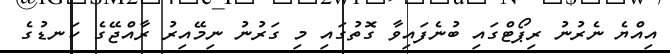
އިއްޔެ ނެރުނު ރިޕޯޓްގައި ބުނެފައިވާ ގޮތުގައި މި ގަރުނު ނިމޭއިރު ރާއްޖޭގެ ކަނޑުގެ